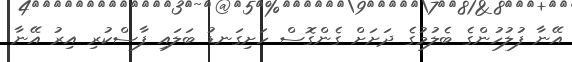
އޭނާ ފުލުހުންގެ ބެލުމުގެ ދަށަށް ގެންގޮސް ހަށިގަނޑު ބަލައި ފާސްކުރި އިރު އޭނާ